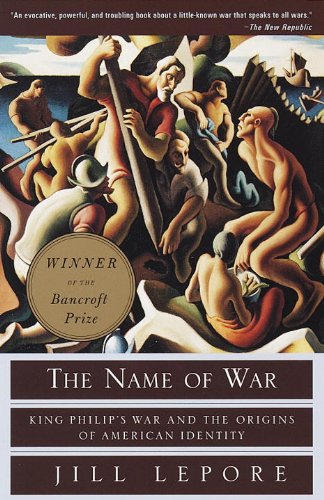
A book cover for The Name of War: King Philip's War and the Origins of American Identity; Jill Lepore; History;